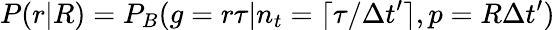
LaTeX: P(r|R)=P_{B}(g=r\tau|n_{t}=\lceil\tau/\Delta t^{\prime}\rceil,p=R\Delta t^{\prime})